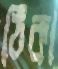
ঠিকা